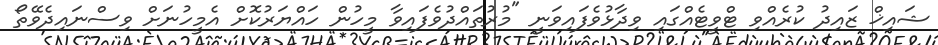
ޝައިޚް ޒައިދު ކުރެއްވި ޓްވީޓެއްގައި ވިދާޅުވެފައިވަނީ "މުރުތައްދުވެފައިވާ މީހުން ހައްޔަރުކޮށް އެމީހުނަށް ވިސްނައިދެވޭތޯ